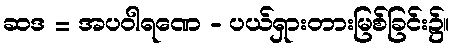
ဆဒ = အပဝါရဏေ - ပယ်ရှားတားမြစ်ခြင်း၌။